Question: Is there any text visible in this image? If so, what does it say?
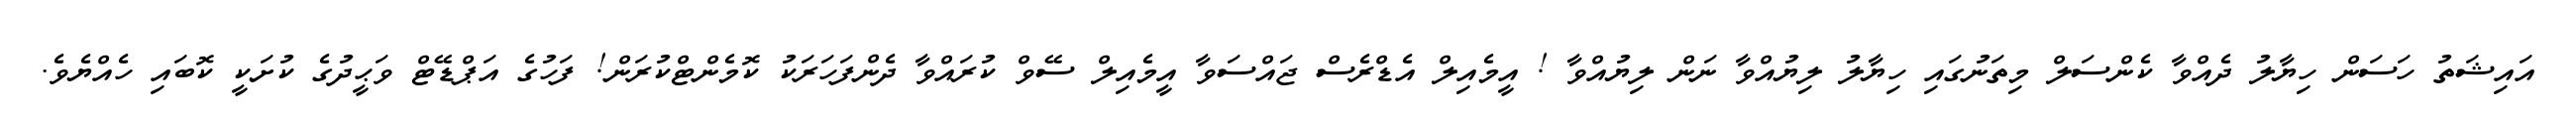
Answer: އައިޝަތު ހަސަން ހިޔާލު ދެއްވާ ކެންސަލް މިތަނުގައި ހިޔާލު ލިޔުއްވާ ނަން ލިޔުއްވާ ! އީމެއިލް އެޑްރެސް ޖައްސަވާ އީމެއިލް ސޭވް ކުރައްވާ ދެންފަހަރަކު ކޮމެންޓްކުރަން! ފަހުގެ އަޕްޑޭޓް ވަޙީދުގެ ކުށަކީ ކޮބައި ހެއްޔެވެ.